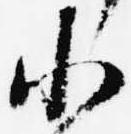
小